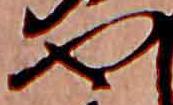
や